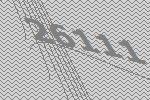
26111